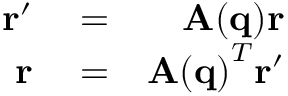
\begin{array} { r l r } { \mathbf { r } { ' } } & { { } = } & { \mathbf { A ( q ) } \mathbf { r } } \\ { \mathbf { r } } & { { } = } & { \mathbf { A ( q ) } ^ { T } \mathbf { r } { ' } } \end{array}